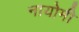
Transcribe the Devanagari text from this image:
नायोमी